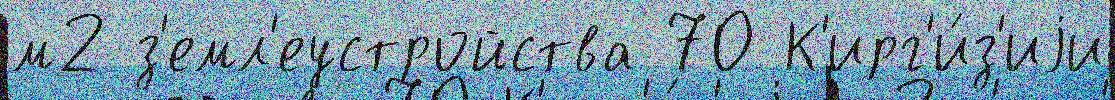
м2 з'емл'еустройства 70 К'ирг'и́з'иjи